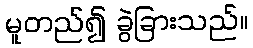
မူတည်၍ ခွဲခြားသည်။